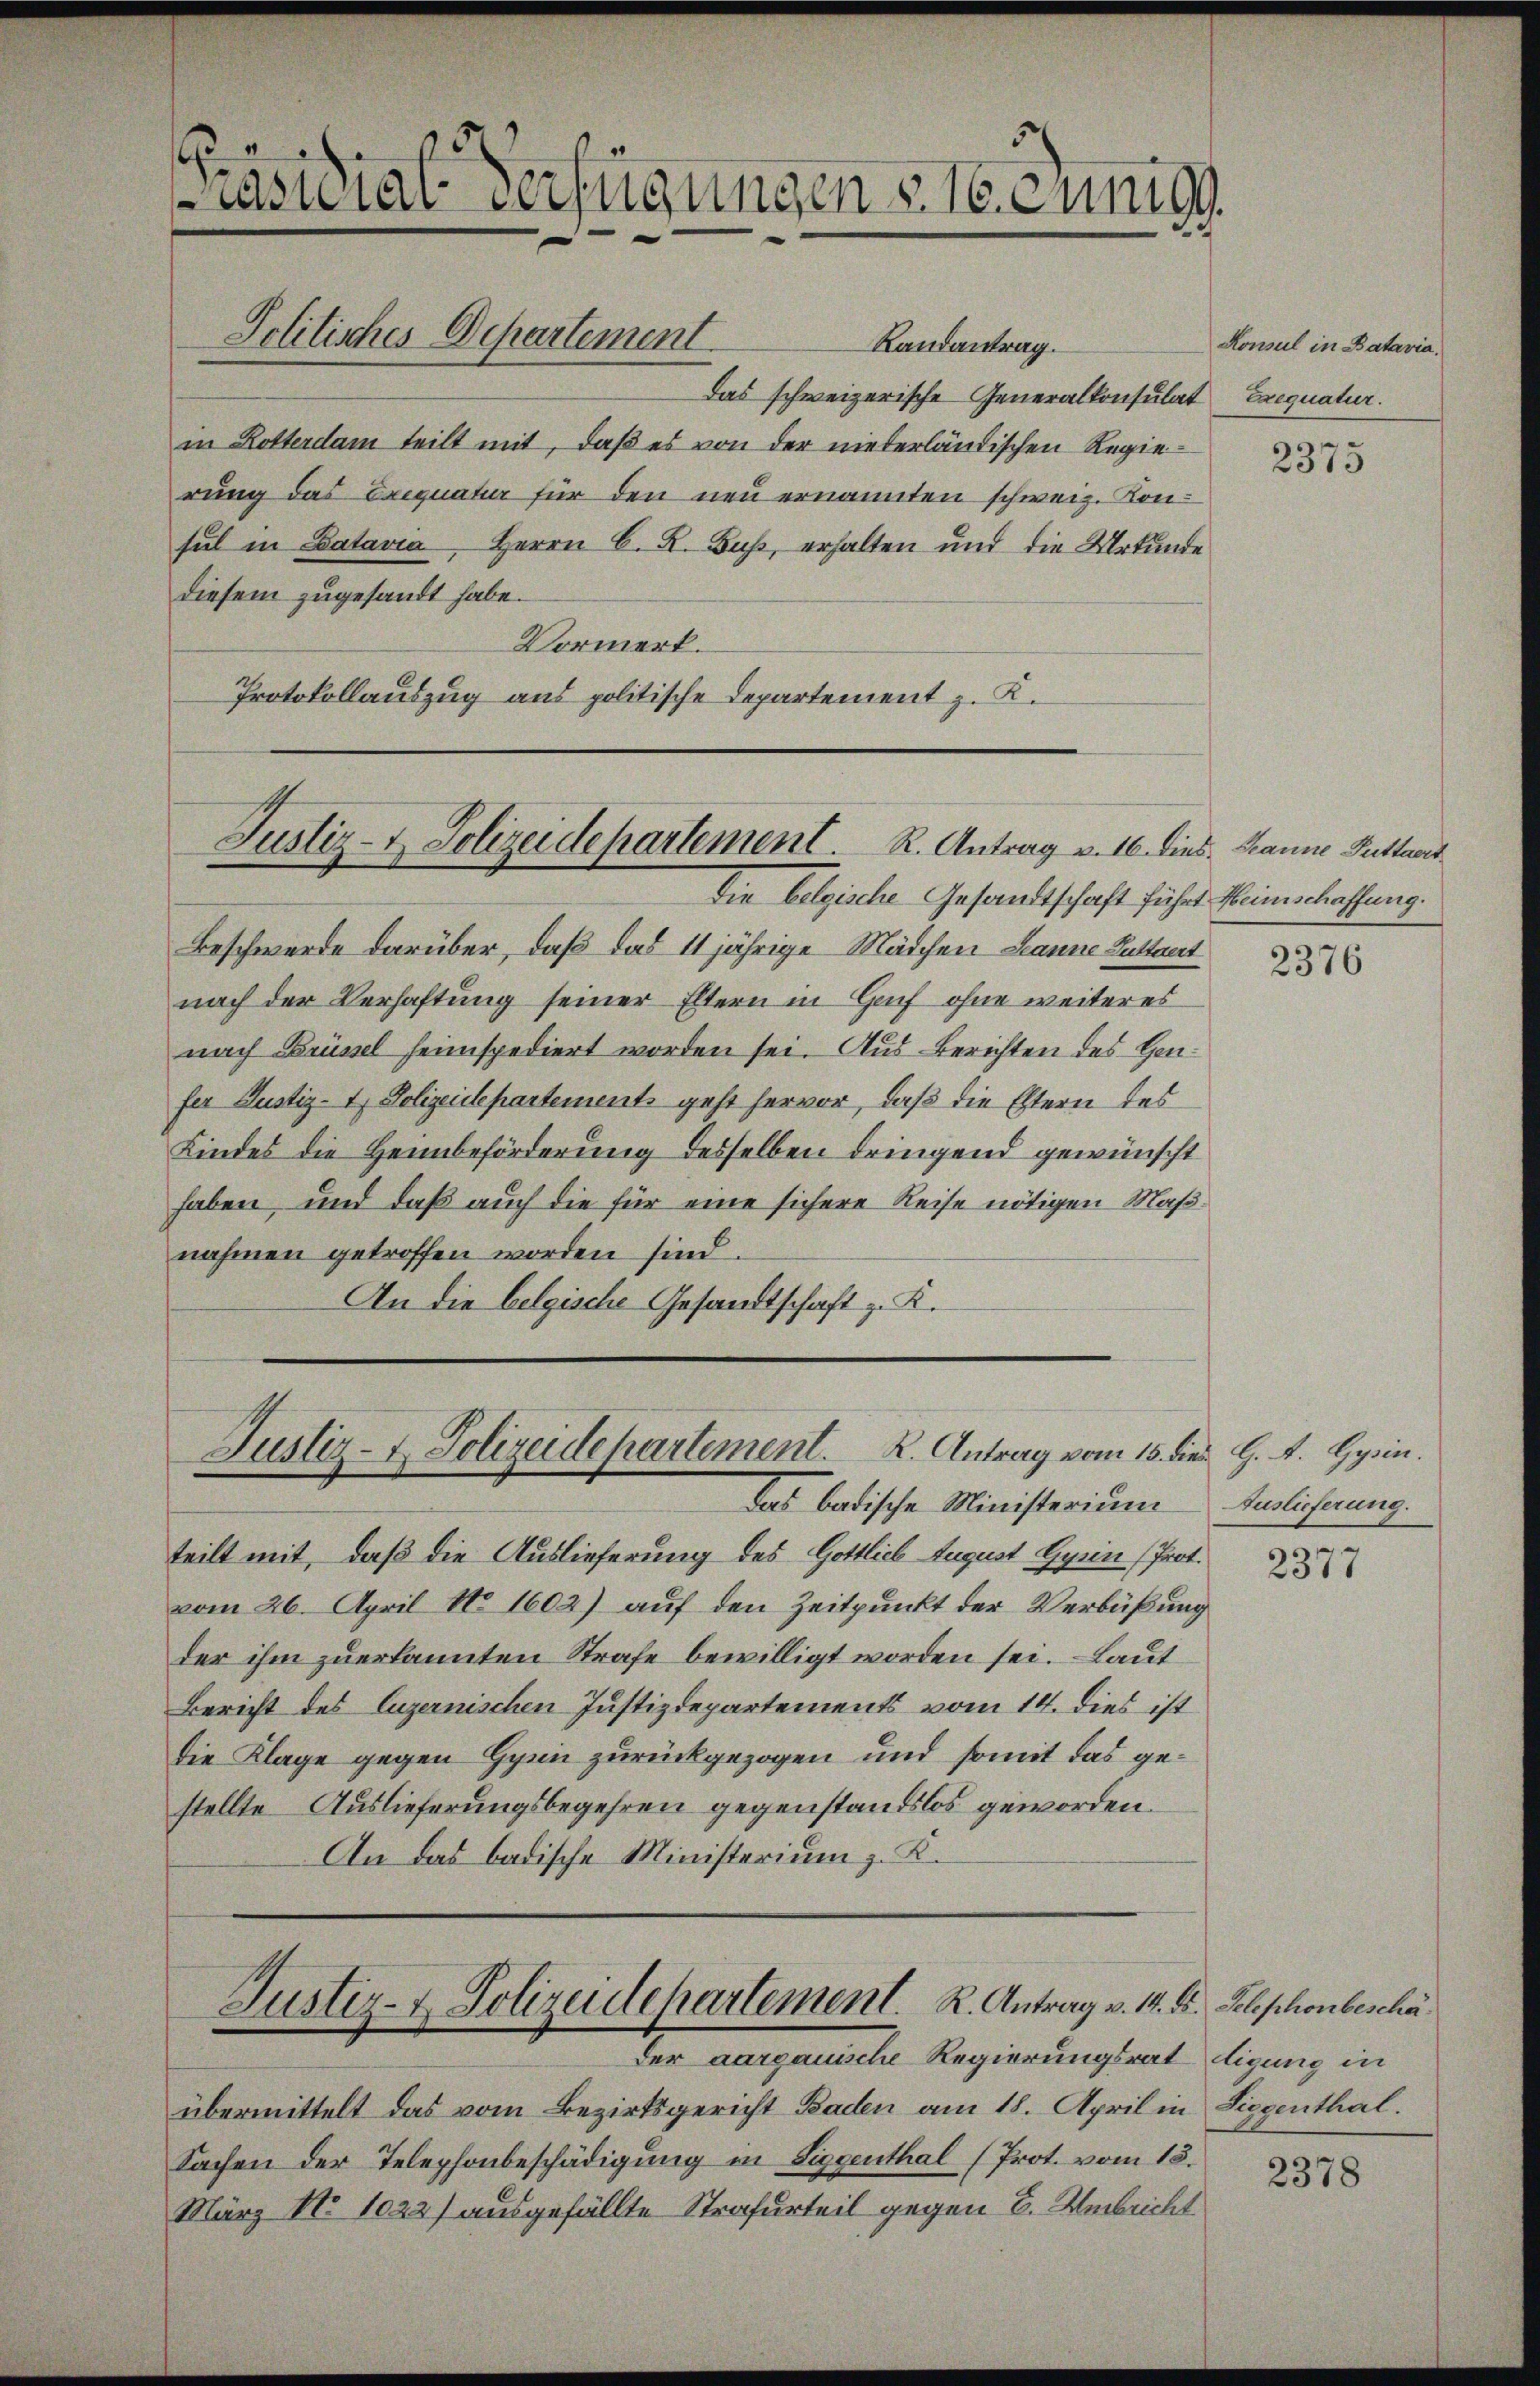
Randantrag.
Das schweizerische Generalkonsulat
in Rotterdam teilt mit, daß es von der niederländischen Regierung das Exequatur für den neu ernannten schweiz. Konsul in Batavia, Herrn C. R. Fuß, erhalten und die Urkunde
diesem zugesandt habe.
Vormerk.
Protokollauszug aus politische Departement z. K.

Die belgische Gesandtschaft führt Weinschaffung.
Beschwerde darüber, daß das 11 jährige Mädchen Lanne Guttaert
nach der Verhaftung seiner Eltern in Genf ohne weiteres
nach Brüssel heimspediert worden sei. Aus Berichten des Hanfer Justiz- & Polizeidepartements geht hervor, daß die Eltern des
Kindes die Heimbeförderung desselben dringend gewünscht
haben, und daß auch die für eine sichere Reise nötigen Maßnahmen getroffen worden sind.
An die belgische Gesandtschaft z. K.

übermittelt das vom Bezirksgericht Baden am 18. April in Liegenthal.
Sachen der Telephonbeschädigung in Siggenthal (Prot. vom 15.
März No 1022) ausgefällte Strafurteil gegen B. Uebricht

das badische Ministerium
teilt mit, daß die Auslieferung des Gottlich August Gyrin (Prot.
vom 26. April No 1602) auf den Zeitpunkt der Verbüßung
der ihm zuerkannten Strafe bewilligt worden sei. Laut
Bericht des Luzernischen Justizdepartements vom 14. dies ist
die Klage gegen Hymne zurückgezogen und somit das gestellte Auslieferungsbegehren gegenstandslos geworden.
An das badische Ministerium z. K.

Präsidial-Verfügungen sie einig

Politisches Departement

Justiz- & Polizeidepartement. R. Antrag v. 16. dies. Manne Guttaert

Justiz- & Polizeidepartement. K. Antrag vom 15. dies H. A. Hyrin

Justiz- & Polizeidepartement. K. Antrag v. 14. ds. Telephonbeschä
Der aargauische Regierungsrat digung in

Konsul in Batavia,
Exequatur.

2375

2376

Auslieferung.

2377

2378